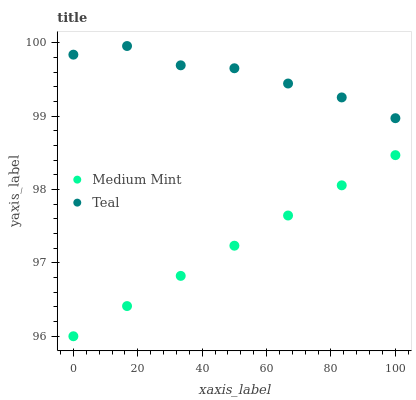
| xaxis_label | Medium Mint | Teal |
 | --- | --- | --- |
 | 0 | 96 | 99.8 |
 | 16.7 | 96.4 | 100 |
 | 33.3 | 96.8 | 99.7 |
 | 50 | 97.2 | 99.7 |
 | 66.7 | 97.6 | 99.4 |
 | 83.3 | 98.1 | 99.3 |
 | 100 | 98.5 | 99 |